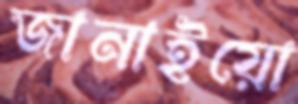
জানাইয়ো